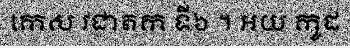
កេស វជាតក ទី៦ ។ អយ កូដ